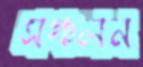
সঞ্চলন